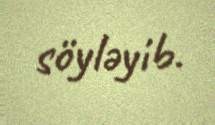
söyləyib.